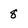
Character: 8